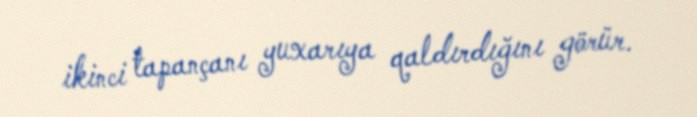
ikinci tapançanı yuxarıya qaldırdığını görür.